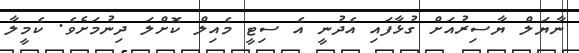
ނާޔަލް ޔާސިރުއަށް ގުޅާފައި އެދުނީ އެ ސިޓީ މެއިލް ކޮށްލަ ދިނުމަށެވެ. ކެމީލާ